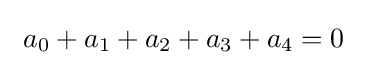
\ a_{0}+a_{1}+a_{2}+a_{3}+a_{4}=0\